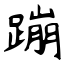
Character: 蹦